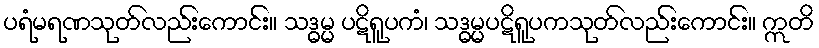
ပရံမရဏသုတ်လည်းကောင်း။ သဒ္ဓမ္မ ပဋိရူပကံ၊ သဒ္ဓမ္မပဋိရူပကသုတ်လည်းကောင်း။ ဣတိ